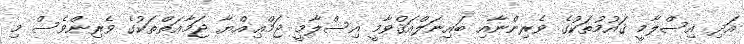
އަދި އިސްލާމީ ޤައުމުތަކުގެ ވެރިންނާއި ބައިނަލްއަޤްވާމީ އިސްލާމީ ޖަމްޢިއްޔާ ޖަމާޢަތްތަކުގެ ވެރިންވެސް މި